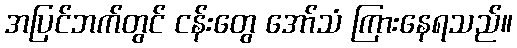
အပြင်ဘက်တွင် ငန်းတွေ အော်သံ ကြားနေရသည်။